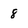
Character: 8